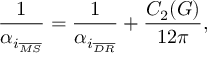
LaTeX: \frac { 1 } { \alpha _ { i _ { \overline { { { M S } } } } } } = \frac { 1 } { \alpha _ { i _ { \overline { { { D R } } } } } } + \frac { C _ { 2 } ( G ) } { 1 2 \pi } ,